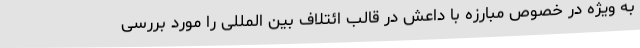
به ویژه در خصوص مبارزه با داعش در قالب ائتلاف بین المللی را مورد بررسی